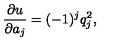
{ \frac { \partial u } { \partial a _ { j } } } = ( - 1 ) ^ { j } q _ { j } ^ { 2 } ,